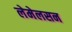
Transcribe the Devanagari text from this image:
लेमेलसन